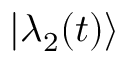
| \lambda _ { 2 } ( t ) \rangle